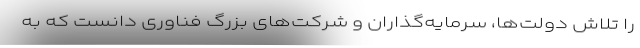
را تلاش دولت‌ها، سرمایه‌گذاران و شرکت‌های بزرگ فناوری دانست که به